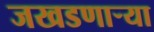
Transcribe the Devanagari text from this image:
जखडणाऱ्या